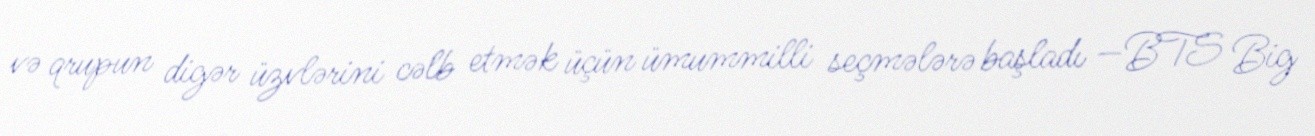
və qrupun digər üzvlərini cəlb etmək üçün ümummilli seçmələrə başladı —BTS Big